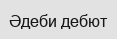
Әдеби дебют